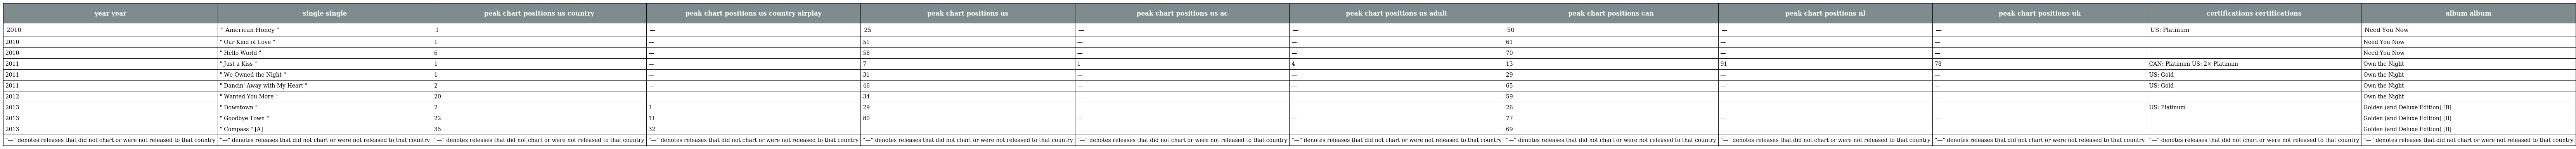
| year year | single single | peak chart positions us country | peak chart positions us country airplay | peak chart positions us | peak chart positions us ac | peak chart positions us adult | peak chart positions can | peak chart positions nl | peak chart positions uk | certifications certifications | album album |
 | --- | --- | --- | --- | --- | --- | --- | --- | --- | --- | --- | --- |
 | 2010 | " American Honey " | 1 | — | 25 | — | — | 50 | — | — | US: Platinum | Need You Now |
 | 2010 | " Our Kind of Love " | 1 | — | 51 | — | — | 61 | — | — |  | Need You Now |
 | 2010 | " Hello World " | 6 | — | 58 | — | — | 70 | — | — |  | Need You Now |
 | 2011 | " Just a Kiss " | 1 | — | 7 | 1 | 4 | 13 | 91 | 78 | CAN: Platinum US: 2× Platinum | Own the Night |
 | 2011 | " We Owned the Night " | 1 | — | 31 | — | — | 29 | — | — | US: Gold | Own the Night |
 | 2011 | " Dancin' Away with My Heart " | 2 | — | 46 | — | — | 65 | — | — | US: Gold | Own the Night |
 | 2012 | " Wanted You More " | 20 | — | 34 | — | — | 59 | — | — |  | Own the Night |
 | 2013 | " Downtown " | 2 | 1 | 29 | — | — | 26 | — | — | US: Platinum | Golden (and Deluxe Edition) [B] |
 | 2013 | " Goodbye Town " | 22 | 11 | 80 | — | — | 77 | — | — |  | Golden (and Deluxe Edition) [B] |
 | 2013 | " Compass " [A] | 35 | 32 |  |  |  | 69 |  |  |  | Golden (and Deluxe Edition) [B] |
 | "—" denotes releases that did not chart or were not released to that country | "—" denotes releases that did not chart or were not released to that country | "—" denotes releases that did not chart or were not released to that country | "—" denotes releases that did not chart or were not released to that country | "—" denotes releases that did not chart or were not released to that country | "—" denotes releases that did not chart or were not released to that country | "—" denotes releases that did not chart or were not released to that country | "—" denotes releases that did not chart or were not released to that country | "—" denotes releases that did not chart or were not released to that country | "—" denotes releases that did not chart or were not released to that country | "—" denotes releases that did not chart or were not released to that country | "—" denotes releases that did not chart or were not released to that country |